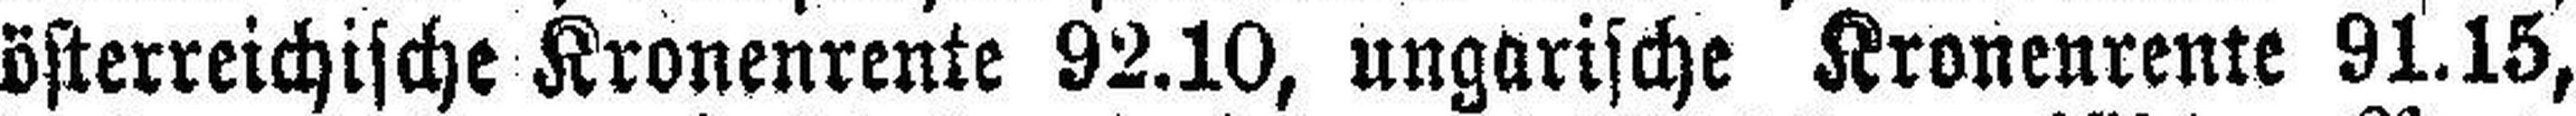
österreichische Kronenrente 92.10, ungarische Kronenrente 91.15,